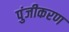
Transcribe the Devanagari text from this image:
पुंजीकरण